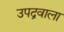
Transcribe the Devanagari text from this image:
उपद्रवाला